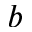
b